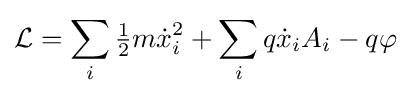
{\mathcal {L}}=\sum _{i}{\tfrac {1}{2}}m{\dot {x}}_{i}^{2}+\sum _{i}q{\dot {x}}_{i}A_{i}-q\varphi